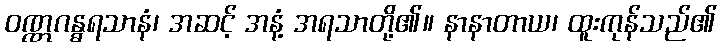
ဝဏ္ဏဂန္ဓရသာနံ၊ အဆင့် အနံ့ အရသာတို့၏။ နာနာတာယ၊ ထူးကုန်သည်၏